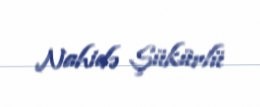
Nahidə Şükürlü